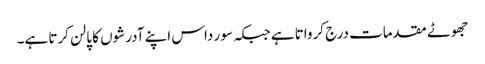
جھوٹے مقدمات درج کرواتا ہے جبکہ سو ر داس اپنے آدرشوں کا پالن کرتا ہے۔